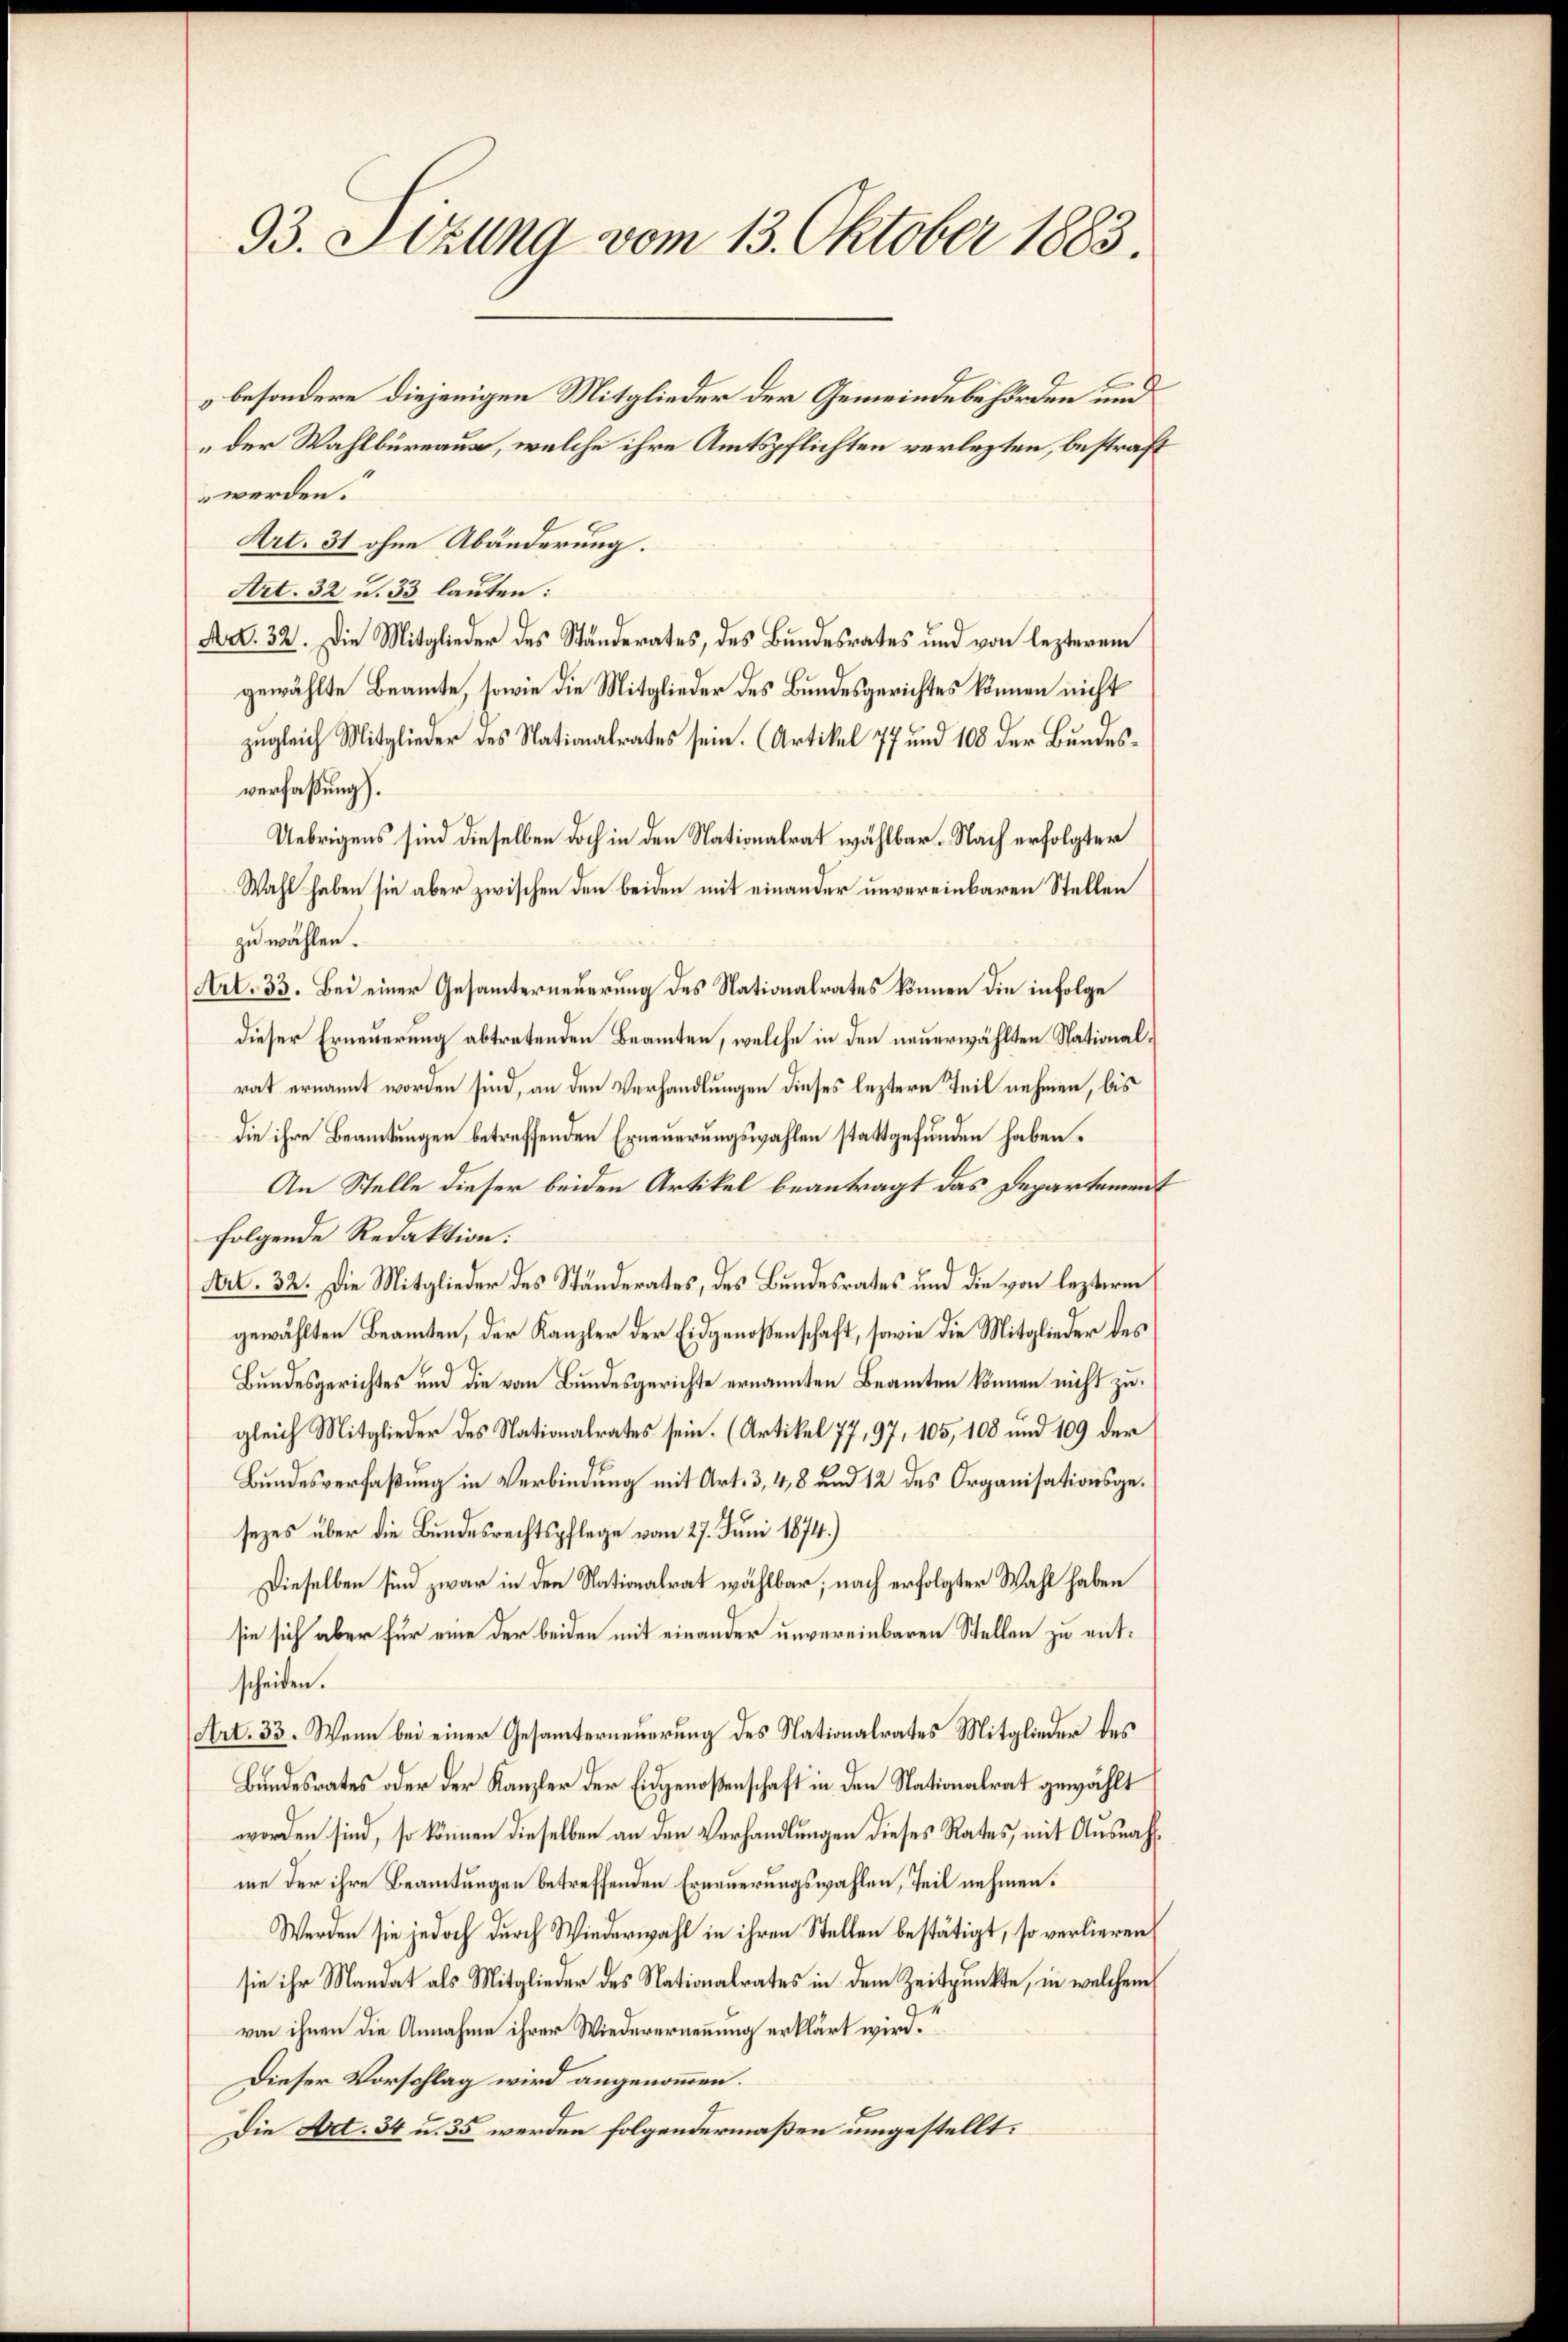
93. Sezung vom 13. Oktober 1883.

besondere diejenigen Mitglieder der Gemeindebehörden und
der Wahlbureaus, welche ihre Amtspflichten verlezten, bestraft
werden.
Art. 31 ohne Abänderung.
Art. 32 u. 33 lauten:
Art. 32. Die Mitglieder des Ständerates, des Bundesrates und von lezterem
gewählte Beamte, sowie die Mitglieder des Bundesgerichtes können nicht
d
zugleich Mitglieder des Nationalrates sein. (Artikel 77 und 108 der Bundesverfaßung).
Uebrigens sind dieselben doch in den Nationalrat wählbar. Nach erfolgter
Wahl haben sie aber zwischen den beiden mit einander unvereinbaren Stellen
zu wählen.
Art. 33. Bei einer Gesamterneuerung des Nationalrates können die infolge
dieser Erneuerung abtretenden Beamten, welche in den neuerwählten Stationalrat ernannt worden sind, an den Verhandlungen dieses leztere Teil nehmen, bis
die ihre Beamtungen betreffenden Erneuerungswahlen stattgefunden haben.
An Stelle dieser beiden Artikel beantragt das Departement
folgende Redaktion.
Art. 32. Die Mitglieder des Ständerates, des Bundesrates und die von lezteren
gewählten Beamten, der Kanzler der Eidgenoßenschaft, sowie die Mitglieder des
Bundesgerichtes und die vom Bundesgerichte ernannten Beamten können nicht zu.
gleich Mitglieder des Nationalrates sein. (Artikel 77, 97, 105, 108 und 109 der
Bundesverfaßung in Verbindung mit Art. 3, 4, 8 und 12 des Organisationsgesezes über die Bundesrechtspflege vom 27. Juni 1874.)
Dieselben sind zwar in den Nationalrat wählbar; nach erfolgter Wahl haben
sie sich aber für eine der beiden mit einander unvereinbaren Stellen zu entscheiden.
(Art. 33. Wenn bei einer Gesamterneuerung des Nationalrates Mitglieder des
Bundesrates oder der Kanzler der Eidgenoßenschaft in den Nationalrat gewählt
worden sind, so können dieselben an den Verhandlungen dieses Rates, mit Ausnahme der ihre Beamtungen betreffenden Erneuerungswahlen, Teil nehmen.
Werden sie jedoch durch Wiederwahl in ihren Stellen bestätigt, so verlieren,
sie ihr Mandat als Mitglieder des Nationalrates in dem Zeitpunkte, in welchem
von ihnen die Annahme ihrer Wiederernennung erklärt wird.
Dieser Vorschlag wird angenommen.
Die Art. 34 u. 35 werden folgendermaßen umgestellt.